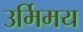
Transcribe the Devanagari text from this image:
उर्मिमय